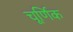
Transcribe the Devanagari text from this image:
चूर्णिक